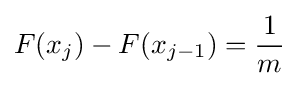
F(x_{j})-F(x_{j-1})={\frac {1}{m}}